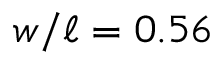
w / \ell = 0 . 5 6